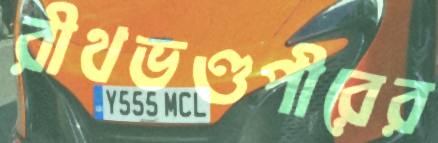
রীথভণ্ডপীরের